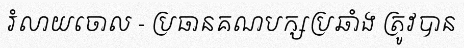
រំលាយចោល - ប្រធានគណបក្សប្រឆាំង ត្រូវបាន